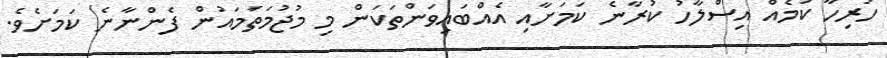
ހުރިހާ ކަމެއް އިސްލާހު ކުރާނެ ކަމަށާއި އެއްބައިވަންތަކަން މި މުޖުމަތަމައުން ފެންނާނެ ކަމަށެވެ.